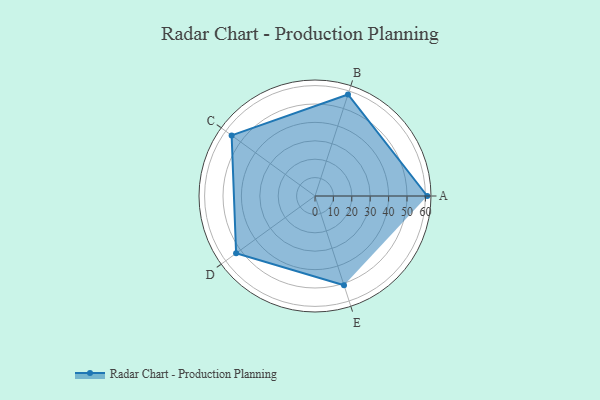
{"axis": {"x": "Skill", "y": "Score"}, "legend": ["Profile"], "data": [{"x": "A", "y": 61.0, "type": "Profile"}, {"x": "B", "y": 58.0, "type": "Profile"}, {"x": "C", "y": 56.0, "type": "Profile"}, {"x": "D", "y": 53.0, "type": "Profile"}, {"x": "E", "y": 51.0, "type": "Profile"}]}